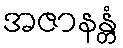
အဇာနန္တံ